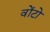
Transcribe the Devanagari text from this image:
वोंटो